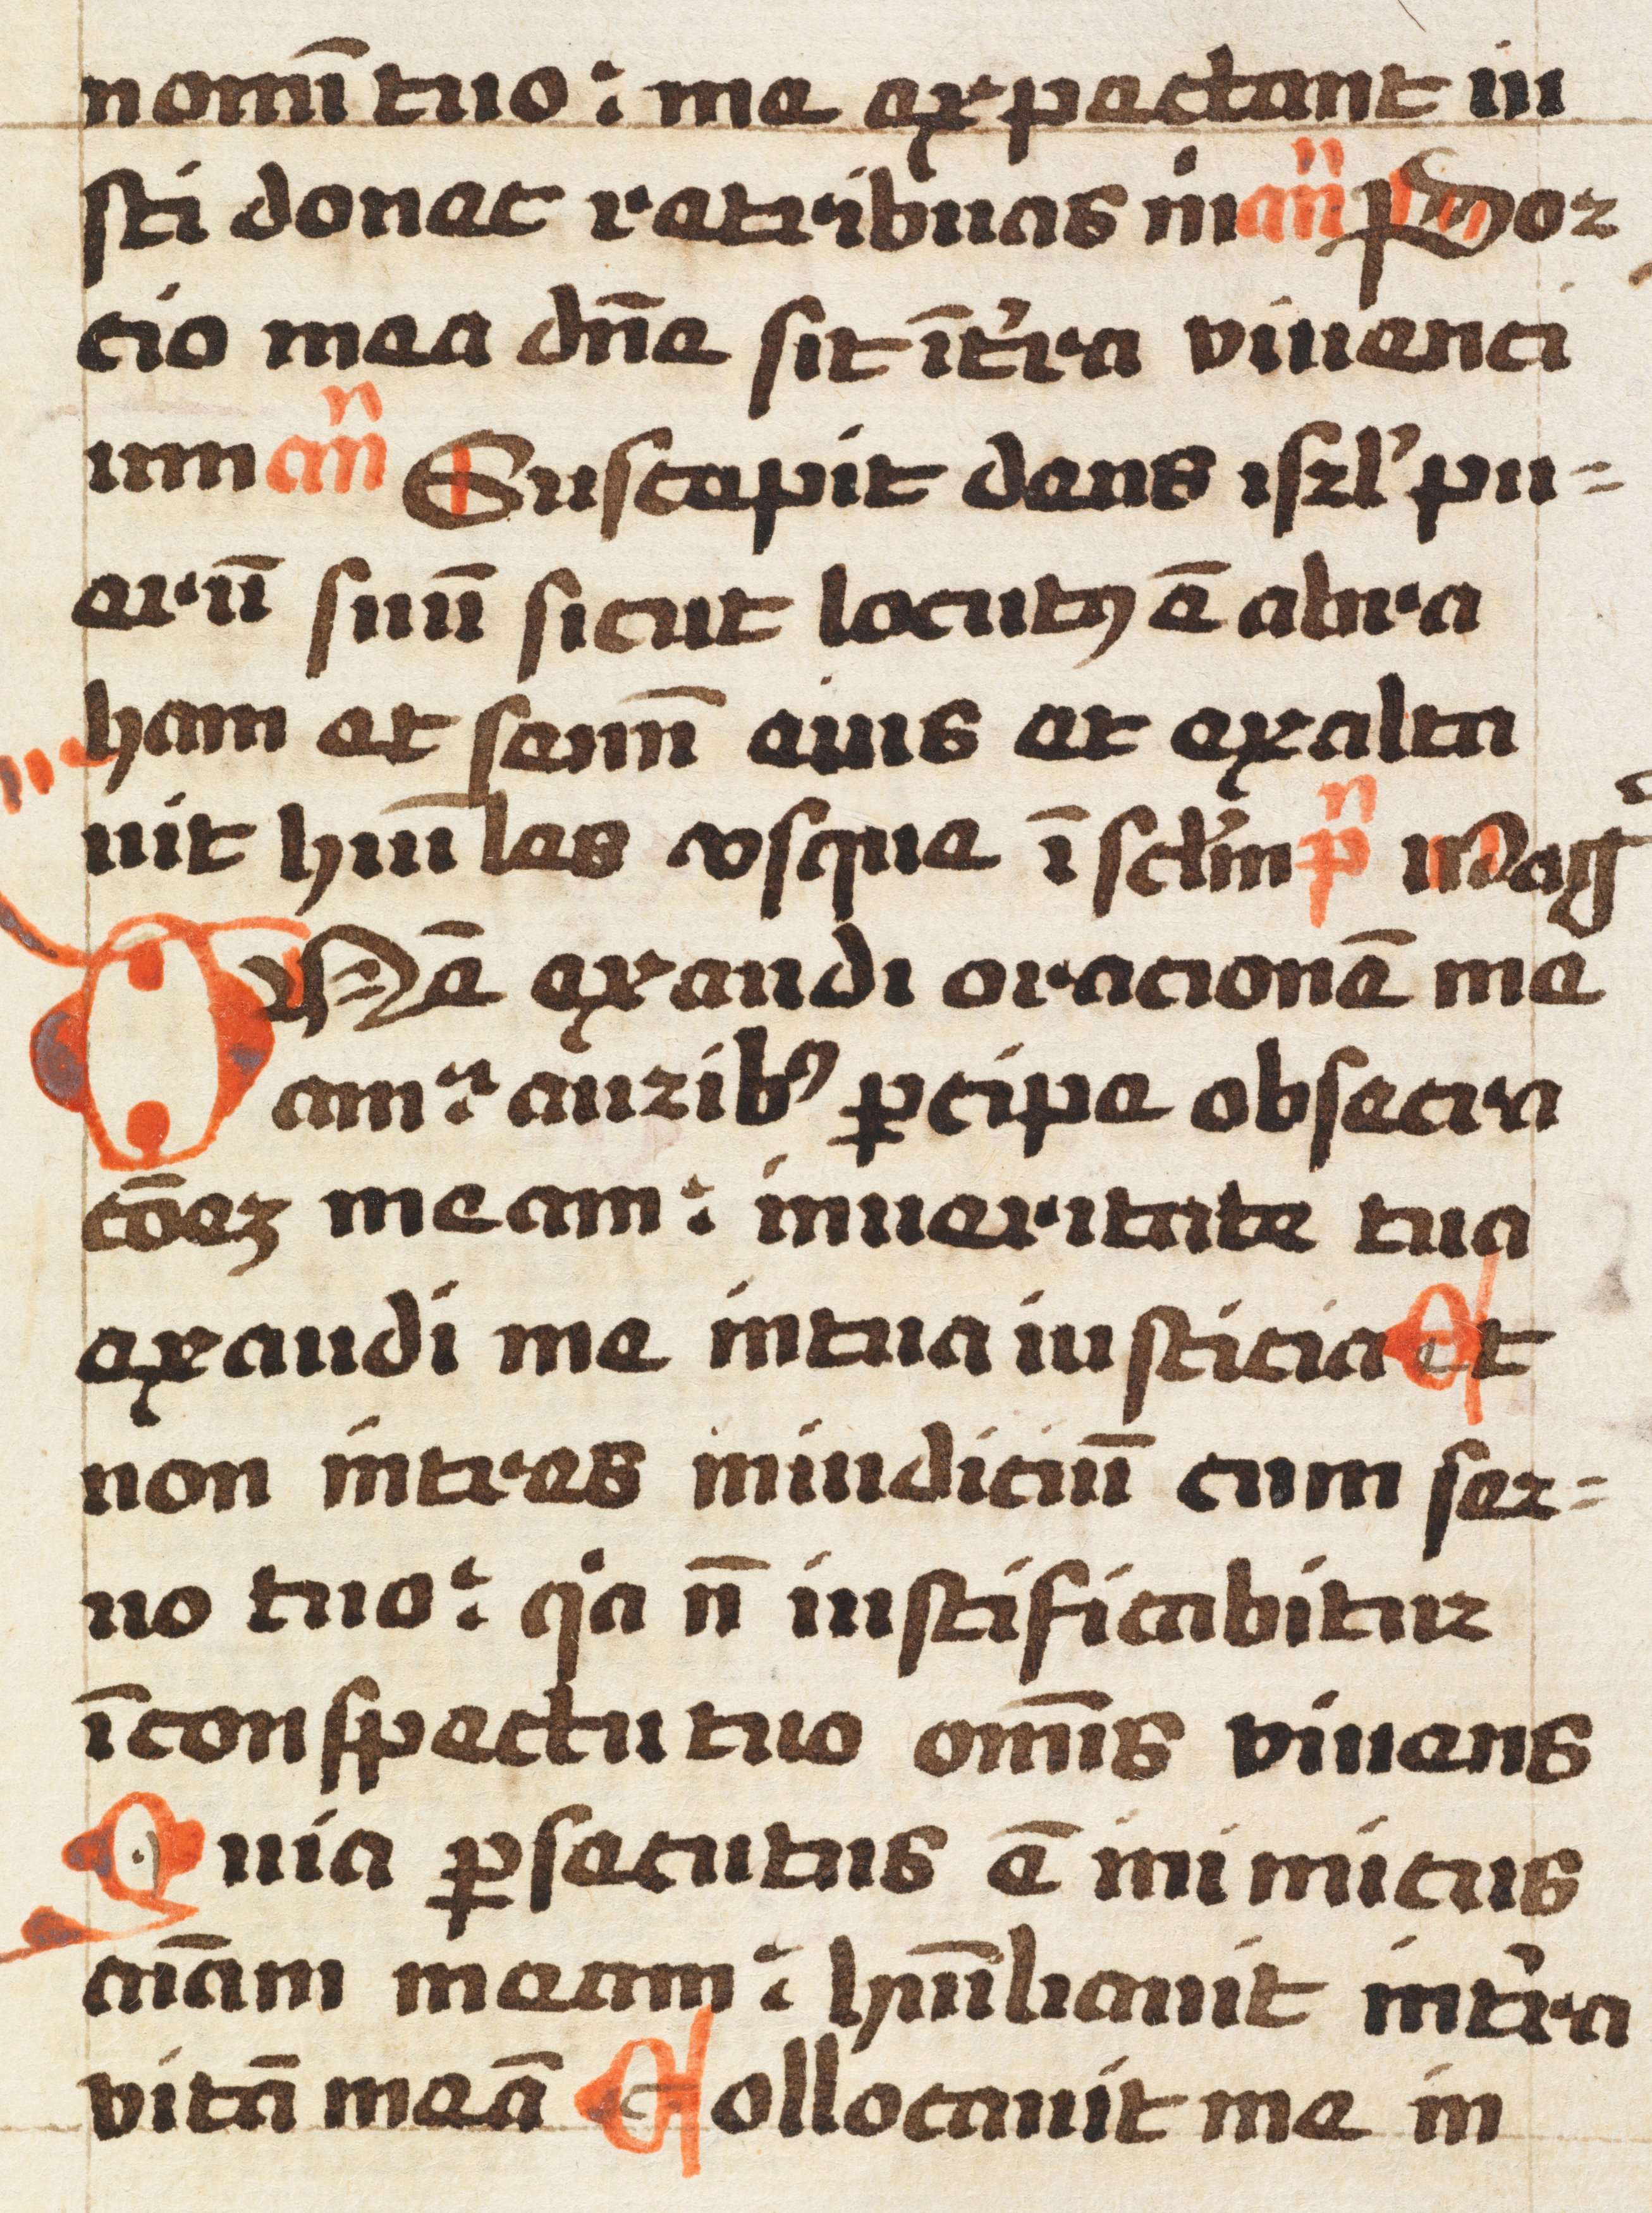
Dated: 1492–1492